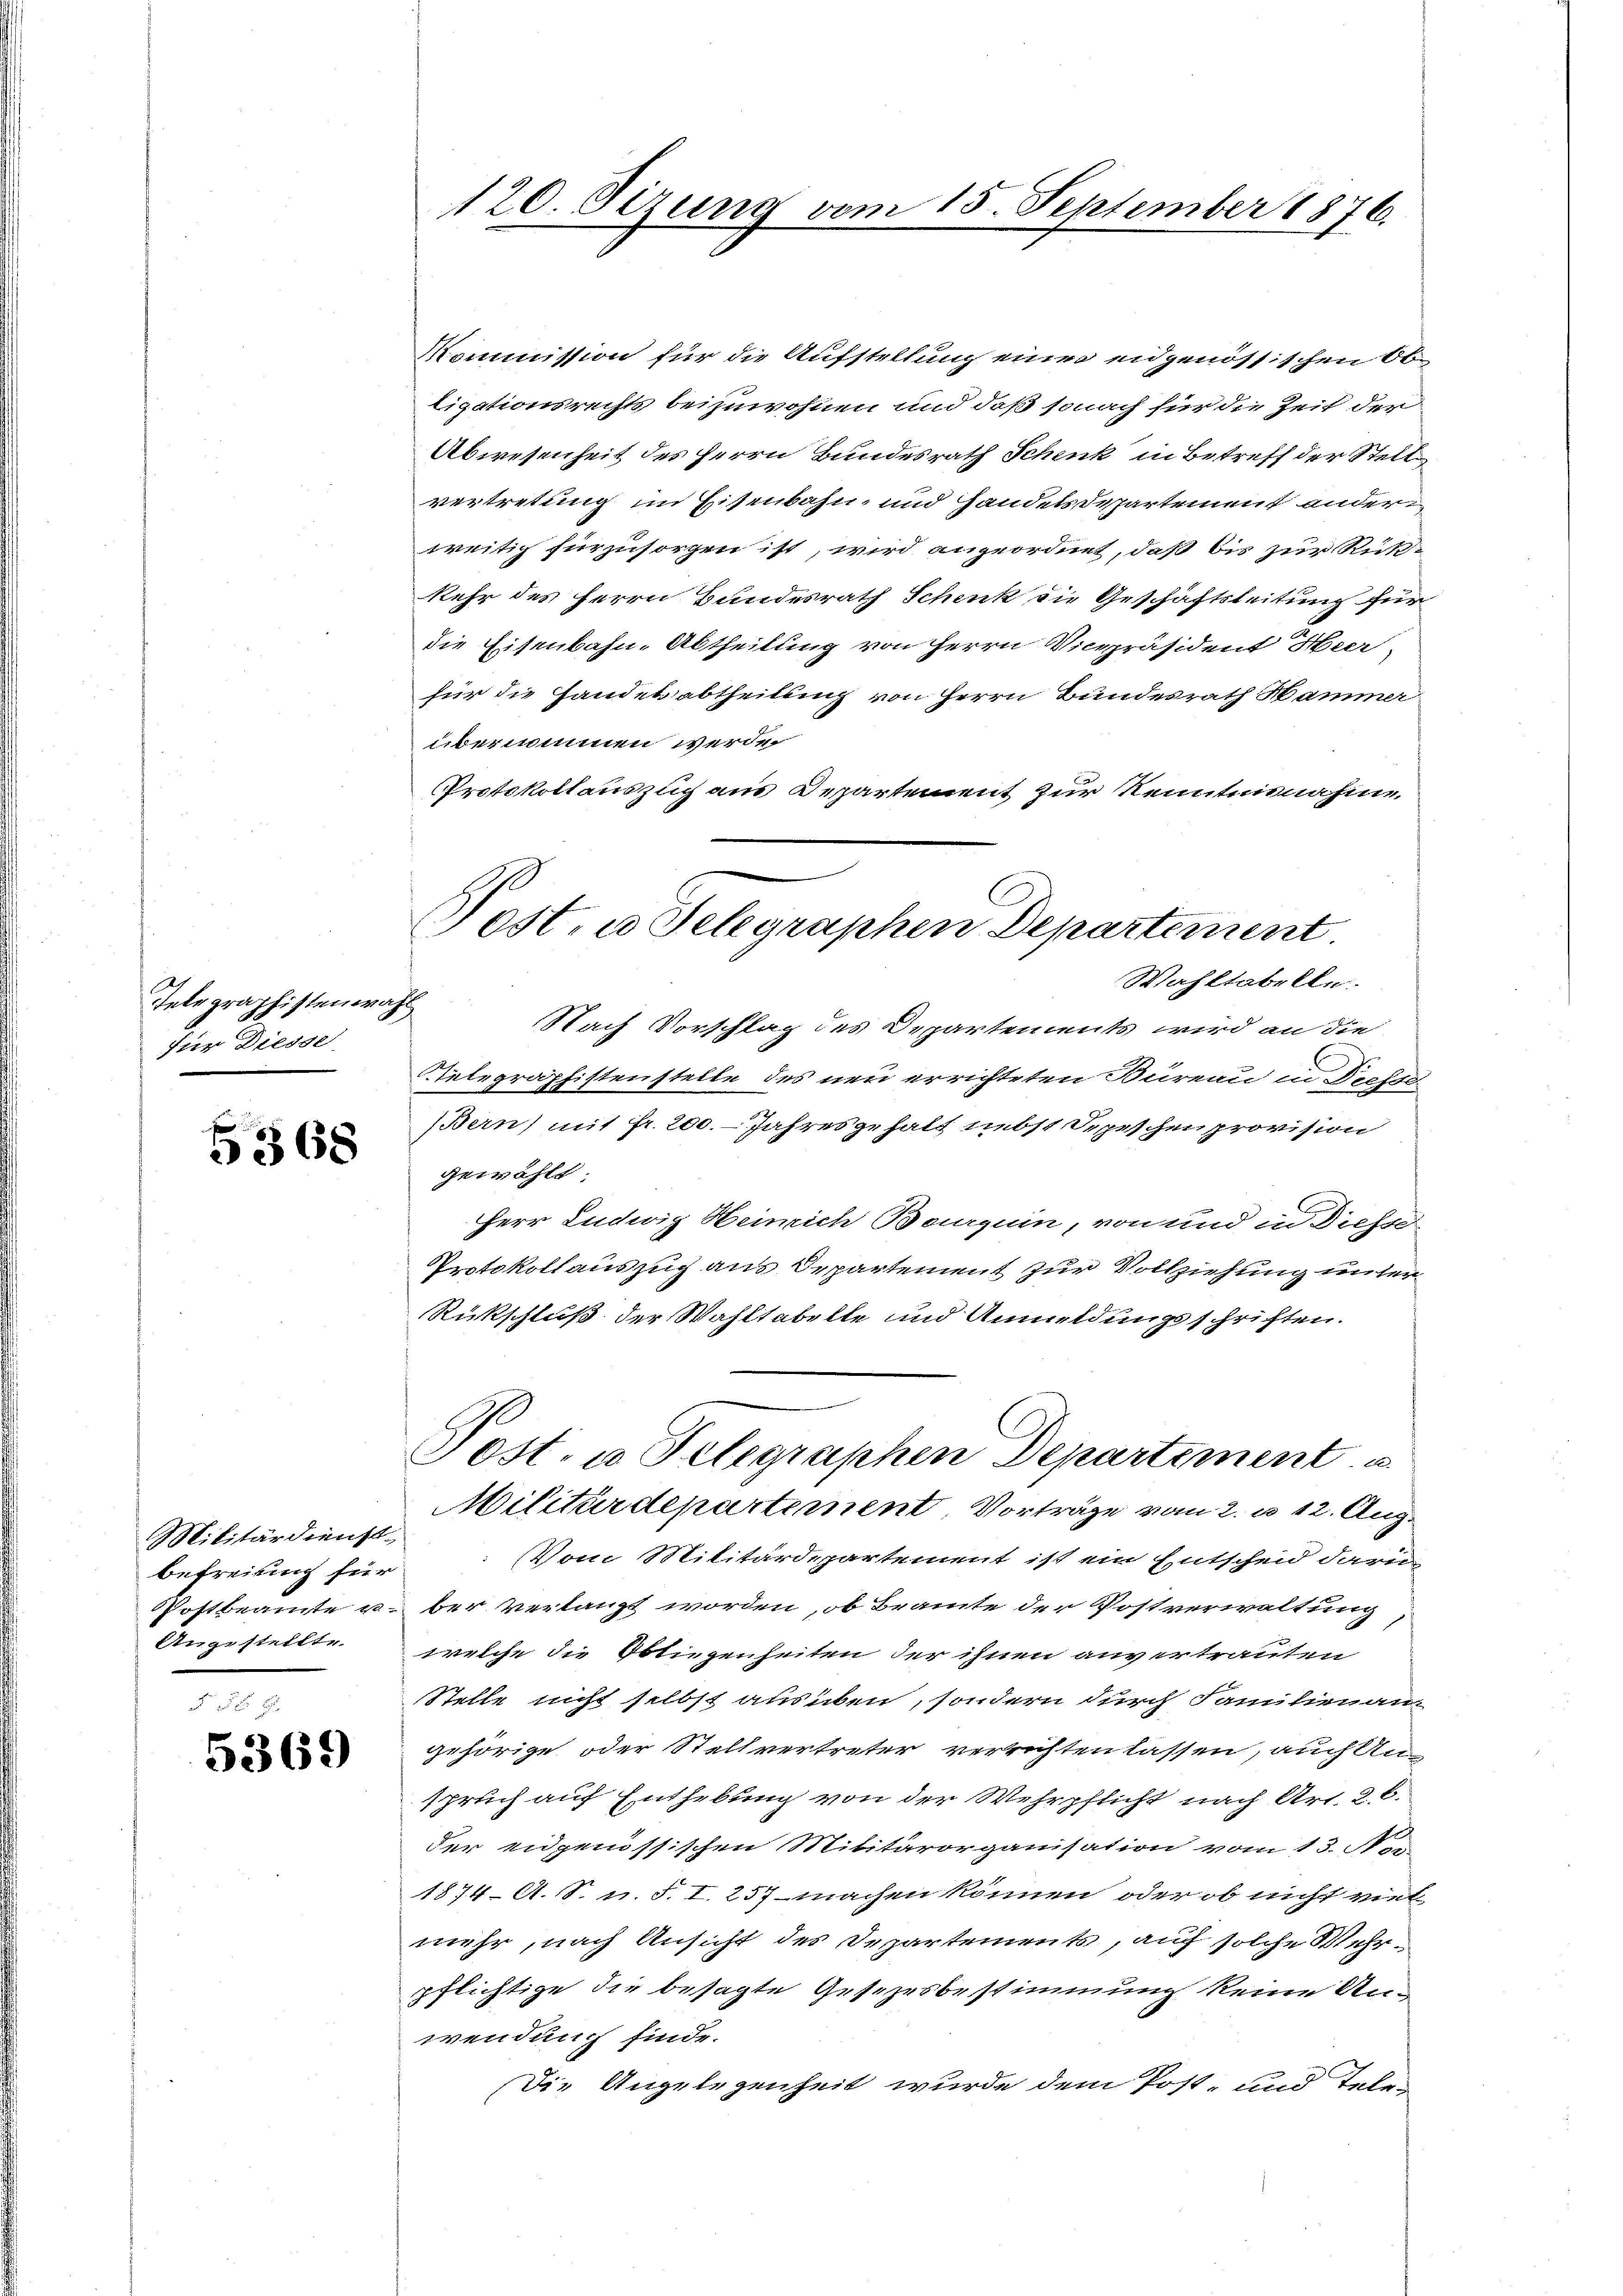
Telegraphistenwah
für Diesse

5568

Militärdienst.
befreiung für
PPostbeamte u.
Angestellte.

5369

120. Sizung vom 15. September 1876.

Kommission für die Aufstellung einer eidgenössischen Ob
ligationsrechts beizuwohnen und daß sonach für die Zeit der
Abwesenheit des Herrn Bundesrath Schenk in Betreff der Stell
vertretung im Eisenbahn, und Handes Departement ander
weitig fürzusorgen ist, wird angeordnet, daß bis zur Rußkehr des Herrn Bundesrath Schenk die Geschäftsleitung für
die Eisenbahn-Abtheilung von Herrn Vicepräsident Heer
für die Handesabtheilung von Herrn Bundesrath Hammer
übernommen werden
Protokollauszug aus Departement zur Kenntnisnahme
t
Nach Vorschlag des Departements wird an die
telegraphistenstelle des neu errichteten Büreau in Diesse
Bern) mit fr. 200. - Jahres gehalt nebst Depeschen provision
gewählt:
Herr Ludwig Heinrich Boguin, von und in Diesse
Protokollauszug aus Departement zur Vollziehung unter
Rückschluß der Wahltabelle und Anmeldungsschriften.
Post- u. Telegraphen Departement
Militärdepartement, Vorträge vom 2. u 12. Aug.
Vom Militärdepartement ist ein Entscheid darü
ber verlangt worden, ob Bramte der Postverwaltung
welche die Obliegenheiten der ihnen anvertrauten
Stelle nicht selbst ausüben, sondern durch Familien an-
gehörige oder Stellvertreter verrichten lassen, auch Anspruch auf Enthebung von der Wehrpflicht nach Art. 26.
der eidgenössischen Militärorganisation vom 13. Nov.
1874. A. S. v. 5. I. 257 - machen können, oder ob nicht viel
mehr, nach Ansicht des Departements, auf solche Wehrpflichtige die besagte Gesezesbestimmung keine Unwendung finde.
Die Angelegenheit wurde dem Post- und Tele¬

Post, u. Telegraphen Departement
Wahltabelle.